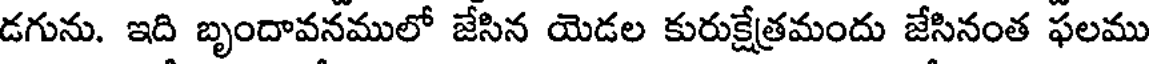
డగును. ఇది బృందావనములో జేసిన యెడల కురుక్షేతమందు జేసినంత ఫలము